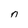
Character: n